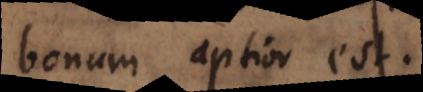
bonum aptior est.